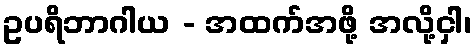
ဥပရိဘာဂါယ - အထက်အဖို့ အလို့ငှါ၊